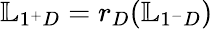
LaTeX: \mathbb{L}_{1^{+}D}=r_{D}(\mathbb{L}_{1^{-}D})